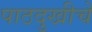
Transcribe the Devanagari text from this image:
पाठदुखीचे